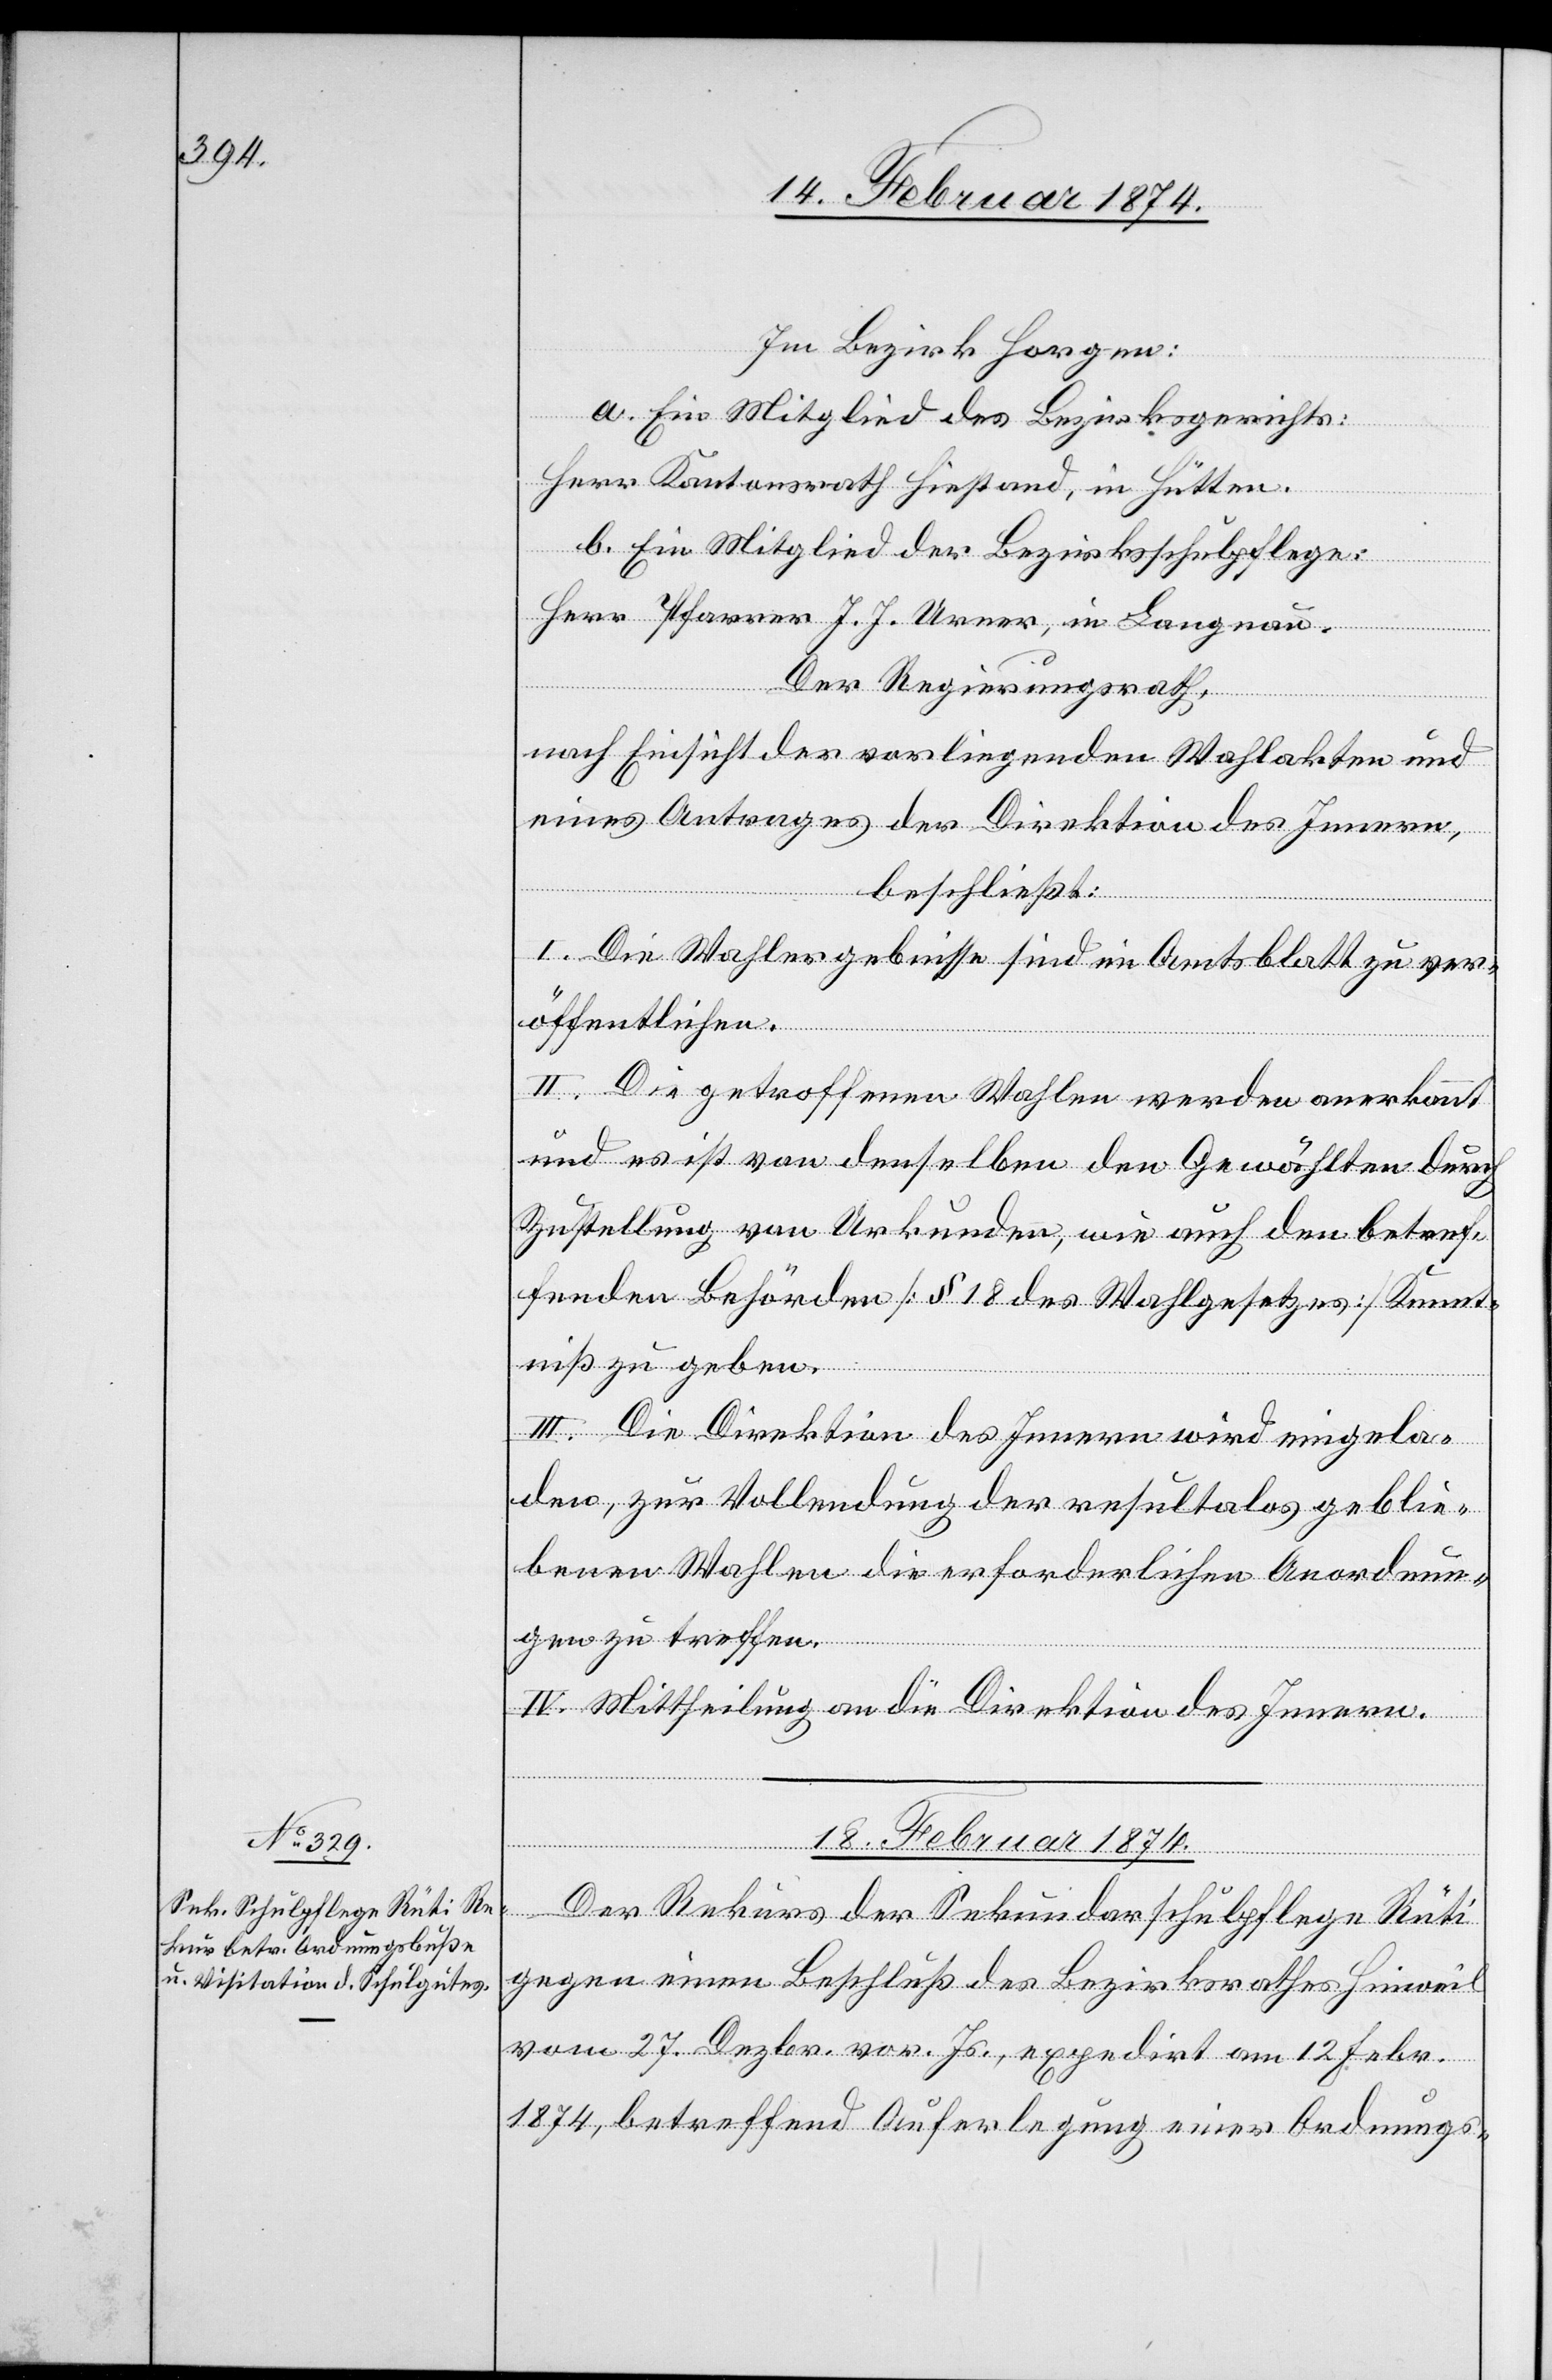
Im Bezirk Horgen:
a. Ein Mitglied des Bezirksgerichts:
Herr Kantonsrath Hiestand, in Hütten.
b. Ein Mitglied der Bezirksschulpflege:
Herr Pfarrer J. J. Urner, in Langnau.
Der Regierungsrath,
nach Einsicht der vorliegenden Wahlakten und
eines Antrages der Direktion des Innern,
beschließt:
I. Die Wahlergebnisse sind im Amtsblatt zu ver¬
öffentlichen.
II. Die getroffenen Wahlen werden anerkannt
und es ist von denselben den Gewählten durch
Zustellung von Urkunden, wie auch den betref¬
fenden Behörden [§ 18 des Wahlgesetzes] Kennt¬
niß zu geben.
III. Die Direktion des Innern wird eingela¬
den, zur Vollendung der resulta[t]los geblie¬
benen Wahlen die erforderlichen Anordnun¬
gen zu treffen.
IV. Mittheilung an die Direktion des Innern.
18. Februar 1874.
Der Rekurs der Sekundarschulpflege Rüti
gegen einen Beschluß des Bezirksrathes Hinweil
vom 27. Dezbr. vor. Js., expedirt am 12. Febr.
1874, betreffend Auferlegung einer Ordnungs-